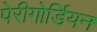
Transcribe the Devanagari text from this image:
पेरीगोर्डियन